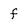
Character: f